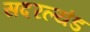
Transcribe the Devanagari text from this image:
सदरल्यंड